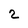
Character: 2